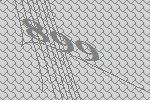
899